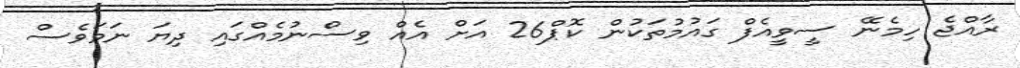
ރާއްޖެ ހިމެނޭ ސީވީއެފް ގައުމުތަކުން ކޮޕް26 އަށް އެއް ވިސްނުމެއްގައި ދިޔަ ނަމަވެސް